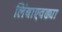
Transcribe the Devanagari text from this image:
लिंबाएवढ्या